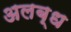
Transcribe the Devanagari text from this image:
अलब्ध